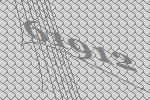
61912